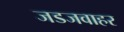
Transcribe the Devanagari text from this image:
जडजवाहर